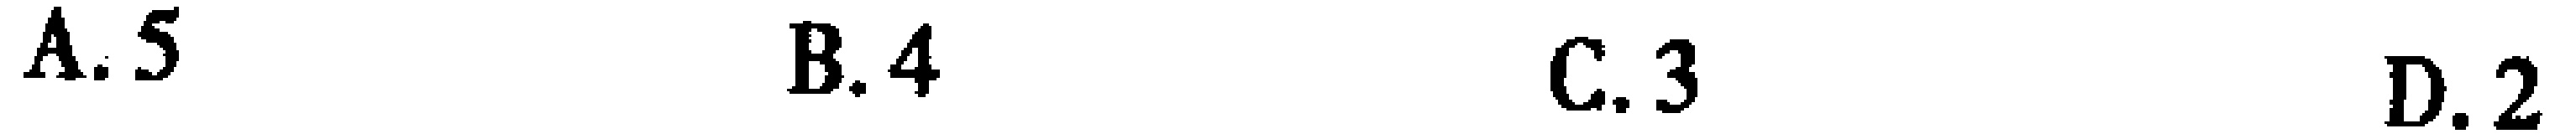
A. 5 \quad B. 4 \quad C. 3 \quad D. 2